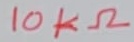
Text: 10KΩ